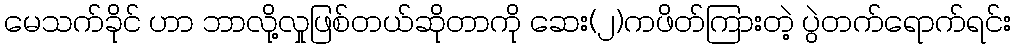
မေသက်ခိုင် ဟာ ဘာလို့လှုဖြစ်တယ်ဆိုတာကို ဆေး(၂)ကဖိတ်ကြားတဲ့ ပွဲတက်ရောက်ရင်း